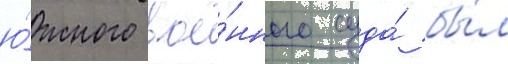
ю́жного вое́нного суда́ бы́л